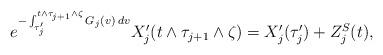
LaTeX: \begin{align*}e^{-\int_{\tau_j'}^{t \wedge \tau_{j+1} \wedge \zeta} G_j(v) \: dv} X_j'(t \wedge \tau_{j+1} \wedge \zeta) = X_j'(\tau_j') + Z_j^{S}(t),\end{align*}